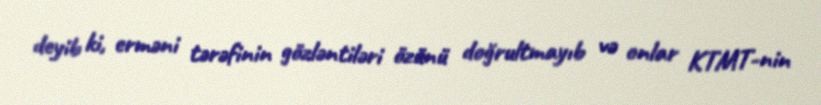
deyib ki, erməni tərəfinin gözləntiləri özünü doğrultmayıb və onlar KTMT-nin